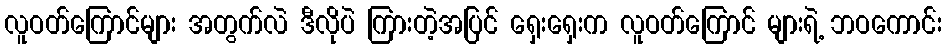
လူဝတ်ကြောင်များ အတွက်လဲ ဒီလိုပဲ ကြားတဲ့အပြင် ရှေးရှေးက လူဝတ်ကြောင် များရဲ့ ဘဝကောင်း